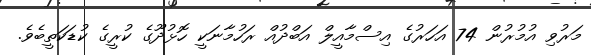
މަރުވި އުމުރުން 74 އަހަރުގެ އިސްމާއީލް އަބްދުއް ރަހުމާނަކީ ހޮޅުދޫގެ ކުރީގެ ކުޑަކަތީބެވެ.